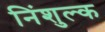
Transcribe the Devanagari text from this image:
निंशुल्क